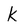
Character: k